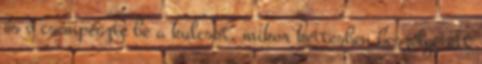
és ő csempészte be a kulcsot, mikor kettesben beszélgetett